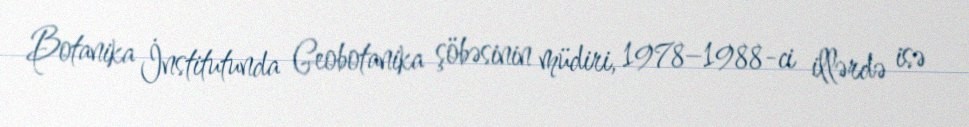
Botanika İnstitutunda Geobotanika şöbəsinin müdiri, 1978–1988-ci illərdə isə